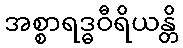
အစ္စာရဒ္ဓဝီရိယန္တိ